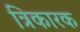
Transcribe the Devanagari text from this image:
त्रिकारक